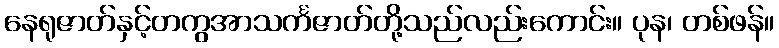
နေရုဇာတ်နှင့်တကွအာသင်္ကဇာတ်တို့သည်လည်းကောင်း။ ပုန၊ တစ်ဖန်။